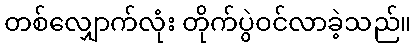
တစ်လျှောက်လုံး တိုက်ပွဲဝင်လာခဲ့သည်။